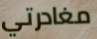
مغادرتي